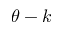
\theta - k